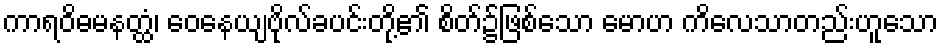
ကာရဝိဓမနတ္ထံ၊ ဝေနေယျဗိုလ်ခပင်းတို့၏ စိတ်၌ဖြစ်သော မောဟ ကိလေသာတည်းဟူသော